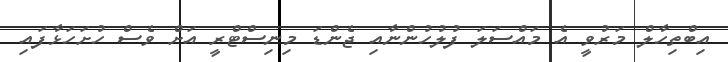
އިބްތިހާލް މަރުވީ އެ މައްސަލަ ފުލުހުންނާއި ޖެންޑަ މިނިސްޓްރީ އަށް ވެސް ހުށަހަޅާފައި